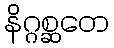
နိဂ္ဂစ္ဆတေ